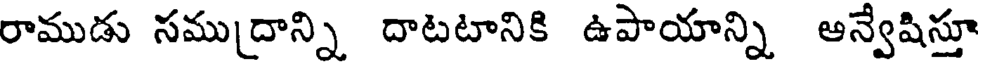
రాముడు సము[దాన్ని దాటటానికి ఉపాయాన్ని అన్వేషిస్తూ